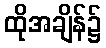
ထိုအချိန်၌